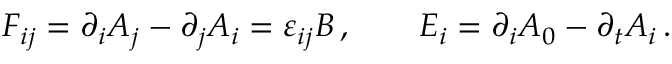
F _ { i j } = \partial _ { i } A _ { j } - \partial _ { j } A _ { i } = \varepsilon _ { i j } B \, , \qquad E _ { i } = \partial _ { i } A _ { 0 } - \partial _ { t } A _ { i } \, .